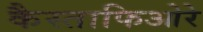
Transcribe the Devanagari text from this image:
कैस्ताफिओरे